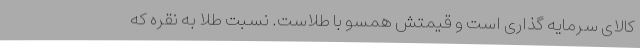
کالای سرمایه گذاری است و قیمتش همسو با طلاست. نسبت طلا به نقره که